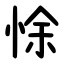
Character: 悇